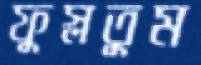
ফুস্‌লতুম